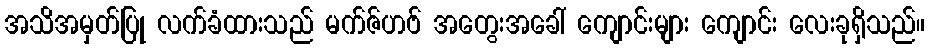
အသိအမှတ်ပြု လက်ခံထားသည် မက်ဇ်ဟဗ် အတွေးအခေါ် ကျောင်းများ ကျောင်း လေးခုရှိသည်။